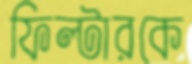
ফিল্টারকে